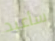
سأعيد